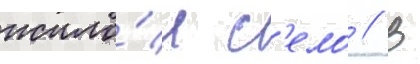
жило́е с'ело // В